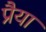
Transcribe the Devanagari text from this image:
प्रैया